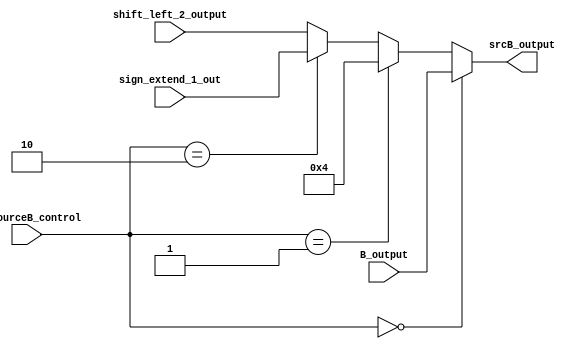
module mux_aluSrcB(
    input wire [1:0] aluSourceB_control,
    input wire [31:0] B_output, 
    input wire [31:0] sign_extend_1_out, 
    input wire [31:0] shift_left_2_output, 
    output wire [31:0] srcB_output 
);

    assign srcB_output = (aluSourceB_control == 2'b00) ? B_output : (aluSourceB_control == 2'b01) ? 32'd4 : (aluSourceB_control == 2'b10) ? sign_extend_1_out : shift_left_2_output;

endmodule